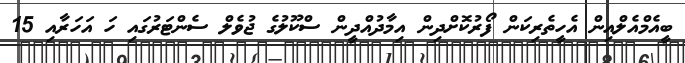
ބީއެމްއެލްއިން އެހީތެރިކަން ފޯރުކޮށްދިން އިމާދުއްދީން ސްކޫލުގެ ޖުވެލް ސެންޓަރުގައި ހަ އަހަރާއި 15